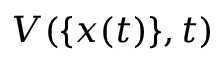
V ( \{ x ( t ) \} , t )